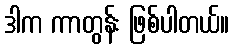
ဒါက ကာတွန်း ဖြစ်ပါတယ်။